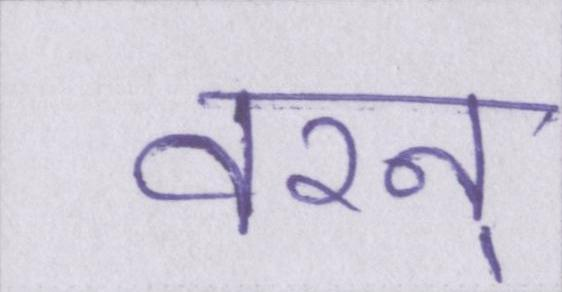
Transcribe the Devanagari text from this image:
वरन्